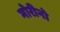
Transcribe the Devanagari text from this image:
मोरीनो